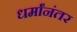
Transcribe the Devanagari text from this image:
धर्मांनंतर